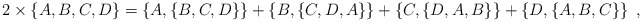
\begin{align*}2\times\left\{ A,B,C,D\right\} =\left\{ A,\left\{ B,C,D\right\} \right\}+\left\{ B,\left\{ C,D,A\right\} \right\} +\left\{ C,\left\{D,A,B\right\} \right\} +\left\{ D,\left\{ A,B,C\right\} \right\} \;,\end{align*}